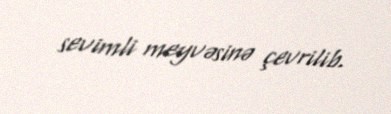
sevimli meyvəsinə çevrilib.